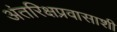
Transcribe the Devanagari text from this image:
अंतरिक्षप्रवासाशी